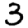
Digit: 3